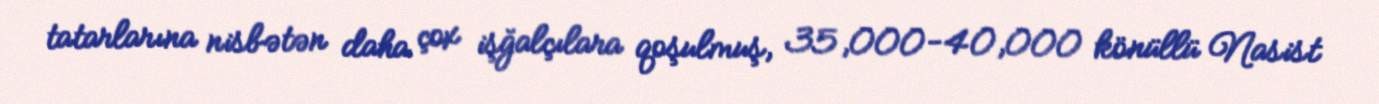
tatarlarına nisbətən daha çox işğalçılara qoşulmuş, 35,000-40,000 könüllü Nasist